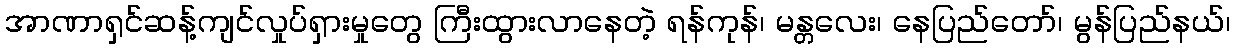
အာဏာရှင်ဆန့်ကျင်လှုပ်ရှားမှုတွေ ကြီးထွားလာနေတဲ့ ရန်ကုန်၊ မန္တလေး၊ နေပြည်တော်၊ မွန်ပြည်နယ်၊